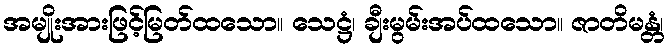
အမျိုးအားဖြင့်မြတ်ထသော။ သေဋ္ဌံ၊ ချီးမွမ်းအပ်ထသော။ ဇာတိမန္တံ၊